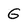
Character: G